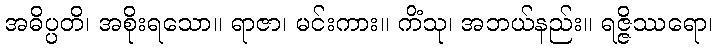
အဓိပ္ပတိ၊ အစိုးရသော။ ရာဇာ၊ မင်းကား။ ကိံသု၊ အဘယ်နည်း။ ရဇ္ဇိဿရော၊